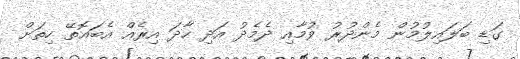
ގަޑި ބަލައިލުމުން މެންދުރު ވުމާއި ދެމެދު އަދި ހާދަ އިރެއް އެބައޮތޭ ހިތަށް